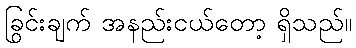
ခြွင်းချက် အနည်းငယ်တော့ ရှိသည်။